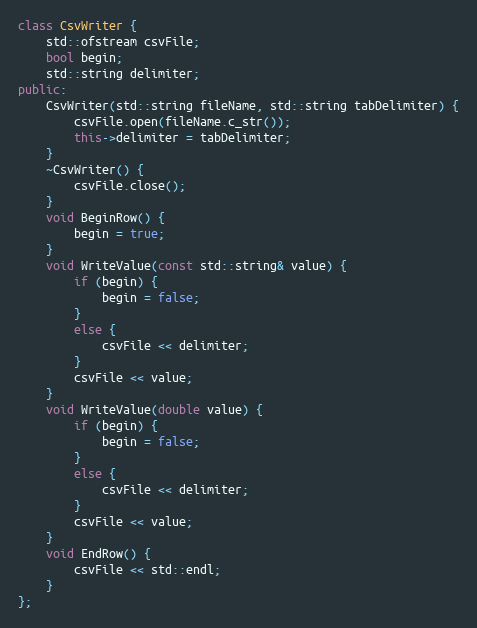
Language: C++
class CsvWriter {
    std::ofstream csvFile;
    bool begin;
    std::string delimiter;
public:
    CsvWriter(std::string fileName, std::string tabDelimiter) {
        csvFile.open(fileName.c_str());
        this->delimiter = tabDelimiter;
    }
    ~CsvWriter() {
        csvFile.close();
    }
    void BeginRow() {
        begin = true;
    }
    void WriteValue(const std::string& value) {
        if (begin) {
            begin = false;
        }
        else {
            csvFile << delimiter;
        }
        csvFile << value;
    }
    void WriteValue(double value) {
        if (begin) {
            begin = false;
        }
        else {
            csvFile << delimiter;
        }
        csvFile << value;
    }
    void EndRow() {
        csvFile << std::endl;
    }
};